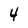
Character: 4